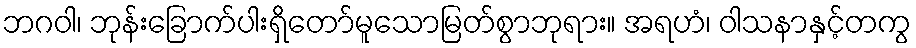
ဘဂဝါ၊ ဘုန်းခြောက်ပါးရှိတော်မူသောမြတ်စွာဘုရား။ အရဟံ၊ ဝါသနာနှင့်တကွ